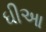
ઘીઆ